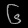
Digit: ၆